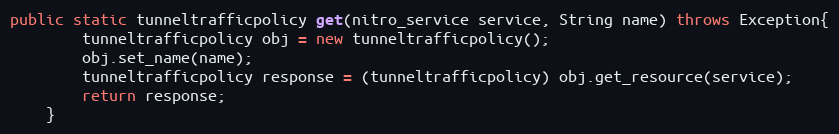
Language: Java
public static tunneltrafficpolicy get(nitro_service service, String name) throws Exception{
		tunneltrafficpolicy obj = new tunneltrafficpolicy();
		obj.set_name(name);
		tunneltrafficpolicy response = (tunneltrafficpolicy) obj.get_resource(service);
		return response;
	}